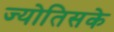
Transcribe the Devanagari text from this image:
ज्योतिसके